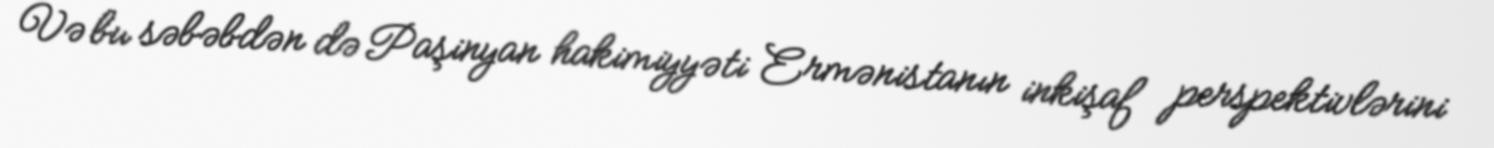
Və bu səbəbdən də Paşinyan hakimiyyəti Ermənistanın inkişaf perspektivlərini